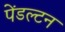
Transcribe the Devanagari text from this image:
पेंडल्टन